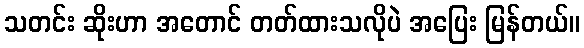
သတင်း ဆိုးဟာ အတောင် တတ်ထားသလိုပဲ အပြေး မြန်တယ်။